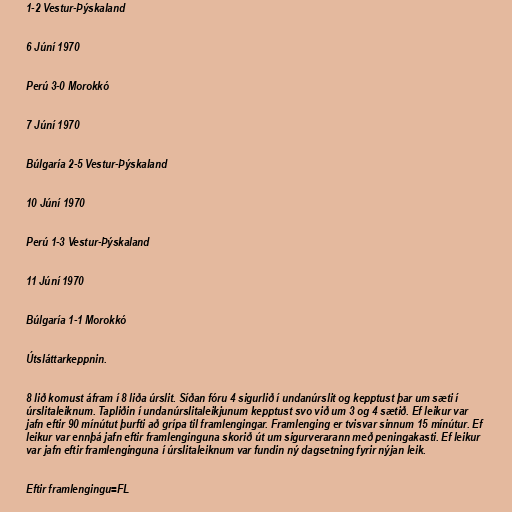
1-2 Vestur-Þýskaland

6 Júní 1970

Perú 3-0 Morokkó

7 Júní 1970

Búlgaría 2-5 Vestur-Þýskaland

10 Júní 1970

Perú 1-3 Vestur-Þýskaland

11 Júní 1970

Búlgaría 1-1 Morokkó

Útsláttarkeppnin.

8 lið komust áfram í 8 liða úrslit. Síðan fóru 4 sigurlið í undanúrslit og kepptust þar um sæti í
úrslitaleiknum. Tapliðin í undanúrslitaleikjunum kepptust svo við um 3 og 4 sætið. Ef leikur var
jafn eftir 90 mínútut þurfti að grípa til framlengingar. Framlenging er tvisvar sinnum 15 mínútur. Ef
leikur var ennþá jafn eftir framlenginguna skorið út um sigurverarann með peningakasti. Ef leikur
var jafn eftir framlenginguna í úrslitaleiknum var fundin ný dagsetning fyrir nýjan leik.

Eftir framlengingu=FL